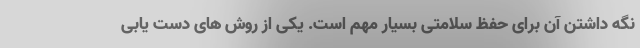
نگه داشتن آن برای حفظ سلامتی بسیار مهم است. یکی از روش های دست یابی